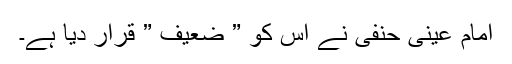
امام عینی حنفی نے اس کو ” ضعیف ” قرار دیا ہے۔